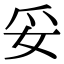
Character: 妥